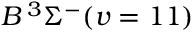
B \, { } ^ { 3 } \Sigma ^ { - } ( v = 1 1 )